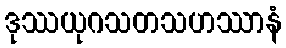
ဒုဿယုဂသတသဟဿာနံ